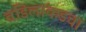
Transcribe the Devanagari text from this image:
वडिलांकडचा